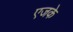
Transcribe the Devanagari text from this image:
एजके